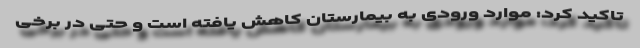
تاکید کرد: موارد ورودی به بیمارستان کاهش یافته است و حتی در برخی